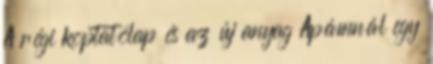
A régi koptatólap és az új anyag Apámnál egy